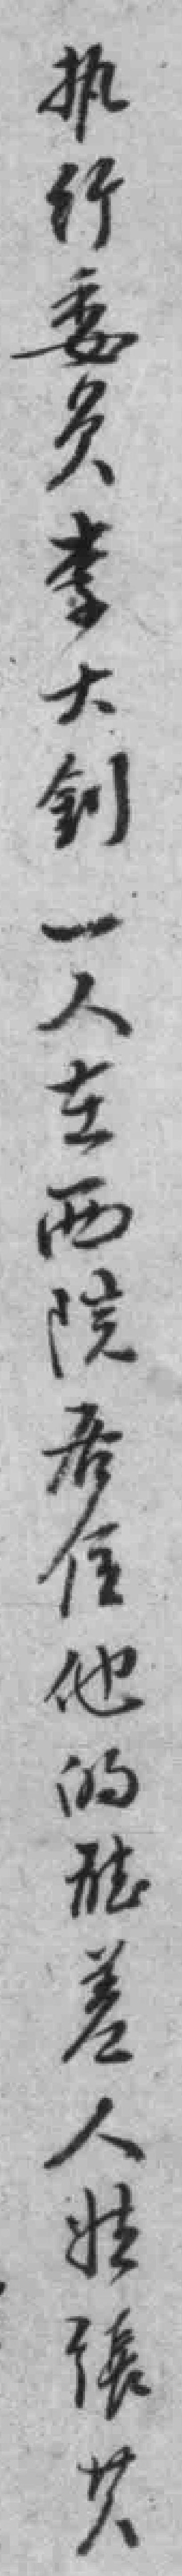
执行委员李大釗一人在西院居住他的*差人*張等人